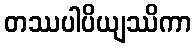
တဿပါပိယျဿိကာ